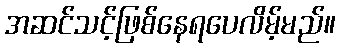
အဆင်သင့်ဖြစ်နေရပေလိမ့်မည်။